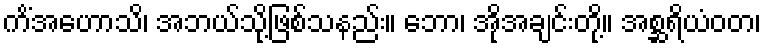
ကိံအဟောသိ၊ အဘယ်သို့ဖြစ်သနည်း။ ဘော၊ အိုအချင်းတို့။ အစ္ဆရိယံဝတ၊